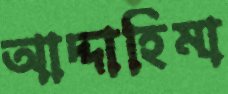
আদ্দাহিমা